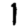
Digit: 1